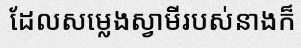
ដែលសម្លេងស្វាមីរបស់នាងក៏